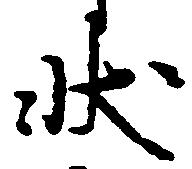
状